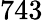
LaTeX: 743